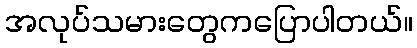
အလုပ်သမားတွေကပြောပါတယ်။